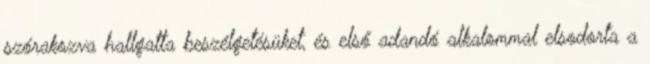
szórakozva hallgatta beszélgetésüket, és első adandó alkalommal elsodorta a